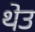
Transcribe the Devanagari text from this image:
थेउ